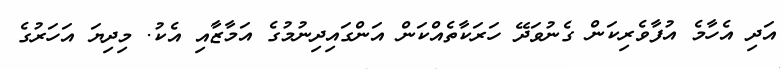
އަދި އެހާމެ އުފާވެރިކަން ގެނުވަދޭ ހަރަކާތެއްކަން އަންގައިދިނުމުގެ އަމާޒާއި އެކު. މިދިޔަ އަހަރުގެ